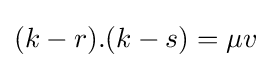
(k-r).(k-s)=\mu v